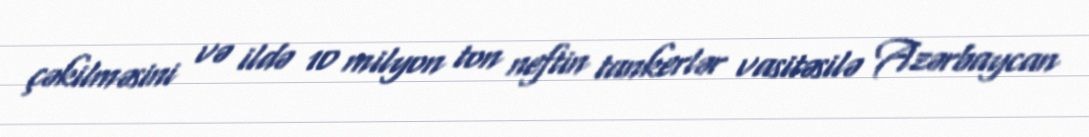
çəkilməsini və ildə 10 milyon ton neftin tankerlər vasitəsilə Azərbaycan